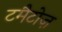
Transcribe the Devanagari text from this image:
टमैटोज़